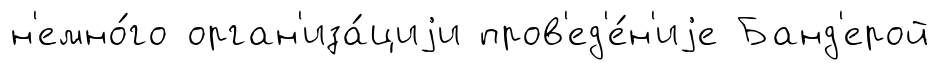
н'емно́го орган'иза́циjи пров'ед'е́н'иjе Банд'ерой